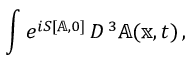
\int e ^ { i S [ \mathbb { A } , 0 ] } \, { \cal D } ^ { \, 3 } \mathbb { A } ( \mathbb { x } , t ) \, ,